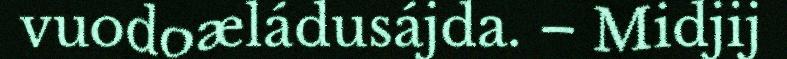
vuodoæládusájda. – Midjij